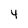
Character: 4